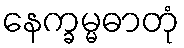
နေက္ခမ္မဓာတုံ